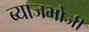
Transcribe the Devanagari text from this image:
ब्याजभोजी